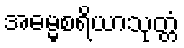
အဓမ္မစရိယာသုတ္တံ